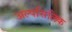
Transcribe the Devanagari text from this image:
अल्पसिलिक